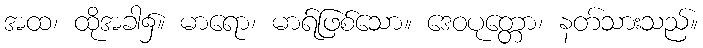
အထ၊ ထိုအခါ၌။ မာရော၊ မာရ်ဖြစ်သော။ ဒေဝပုတ္တော၊ နတ်သားသည်။